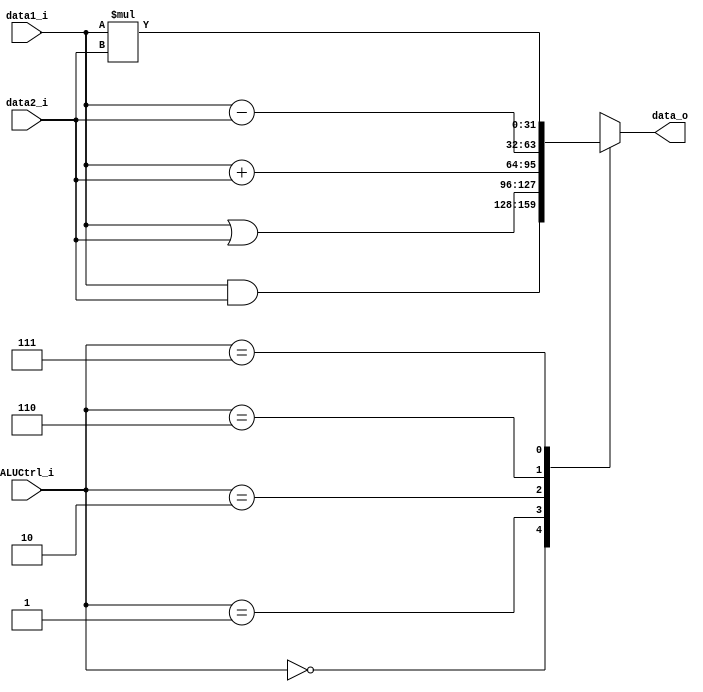
module ALU
(
    data1_i,
    data2_i,
    ALUCtrl_i,
    data_o//,
    // Zero_o
);

input   [31:0]  data1_i;
input   [31:0]  data2_i;
input   [2:0]   ALUCtrl_i;
output reg  [31:0]  data_o;
// output reg  Zero_o;

always@(data1_i or data2_i or ALUCtrl_i) begin
    case(ALUCtrl_i)
        3'b000: data_o = data1_i & data2_i; // and
        3'b001: data_o = data1_i | data2_i; // or
        3'b010: data_o = data1_i + data2_i; // add/addi
        3'b110: begin
            data_o = data1_i - data2_i; // sub
            // if (data_o == 0)//can we use 0 to present 32 bits zeros?
                // Zero_o = 1;
            // else
                // Zero_o = 0;
        end
        3'b111: data_o = data1_i * data2_i; // mul
        default: data_o = 32'bx;
    endcase
end
   
endmodule